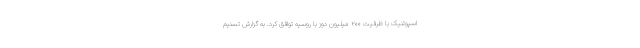
اسپوتنیک با ظرفیت ۲۰۰ میلیون دوز با روسیه توافق کرد. به گزارش تسنیم